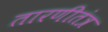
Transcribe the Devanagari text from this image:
तारणीतंत्र